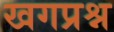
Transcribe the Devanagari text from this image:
खगप्रश्न